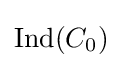
\operatorname {Ind} (C_{0})